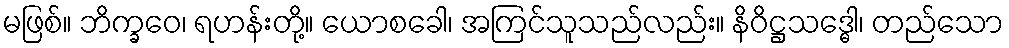
မဖြစ်။ ဘိက္ခဝေ၊ ရဟန်းတို့။ ယောစခေါ၊ အကြင်သူသည်လည်း။ နိဝိဋ္ဌသဒ္ဓေါ၊ တည်သော